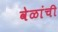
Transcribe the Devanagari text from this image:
वेळांची